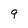
Character: 9